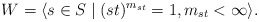
\begin{align*}W=\langle s\in S\mid (st)^{m_{st}}=1, m_{st}<\infty \rangle.\end{align*}